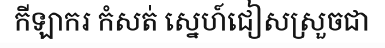
កីឡាករ កំសត់ ស្នេហ៍ជៀសស្រួចជា